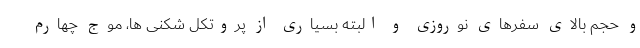
و حجم بالای سفرهای نوروزی و البته بسیاری از پروتکل شکنی ها، موج چهارم